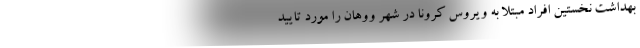
بهداشت نخستین افراد مبتلا به ویروس کرونا در شهر ووهان را مورد تایید